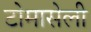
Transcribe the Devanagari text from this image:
टोमासेली